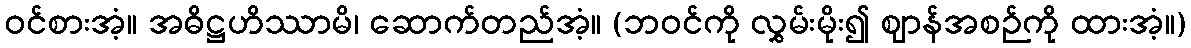
ဝင်စားအံ့။ အဓိဋ္ဌဟိဿာမိ၊ ဆောက်တည်အံ့။ (ဘဝင်ကို လွှမ်းမိုး၍ ဈာန်အစဉ်ကို ထားအံ့။)